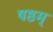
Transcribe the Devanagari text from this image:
षष्ठम्‌